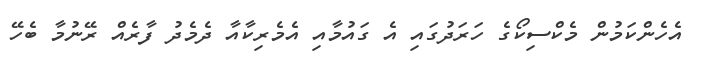
އެހެންކަމުން މެކްސިކޯގެ ހަރަދުގައި އެ ގައުމާއި އެމެރިކާއާ ދެމެދު ފާރެއް ރޭނުމާ ބެހޭ